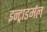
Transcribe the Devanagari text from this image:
इन्ट्राडर्मल